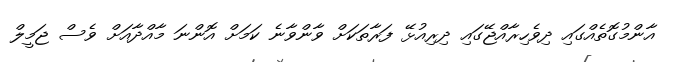
އާންމުގޮތެއްގައި ދިވެހިރާއްޖޭގައި ދިރިއުޅޭ ފަރާތަކަށް ވާންވާނެ ކަމަށް އޮންނަ މާއްދާއަށް ވެސް ޖަމީލް